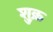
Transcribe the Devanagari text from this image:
शु़क्र